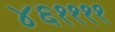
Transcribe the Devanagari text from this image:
४६११११